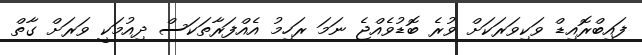
ފައިބްރޮއިޑް ވަކިވަރަކަށް ވުރެ ބޮޑުވެއްޖެ ނަމަ ރަހިމު އެއްފަރާތަކަސް ދިއުމަކީ ވަރަށް ގާތް